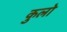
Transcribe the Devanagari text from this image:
कुलो